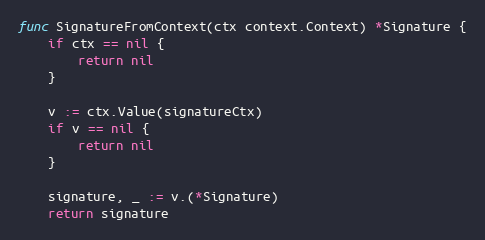
Language: Go
func SignatureFromContext(ctx context.Context) *Signature {
	if ctx == nil {
		return nil
	}

	v := ctx.Value(signatureCtx)
	if v == nil {
		return nil
	}

	signature, _ := v.(*Signature)
	return signature